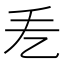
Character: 𢩥